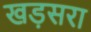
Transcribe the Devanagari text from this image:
खड़सरा